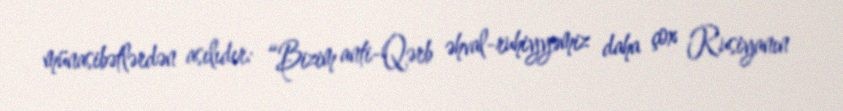
münasibətlərdən asılıdır: “Bizim anti-Qərb əhval-ruhiyyəmiz daha çox Rusiyanın